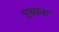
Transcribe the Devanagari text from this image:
पुरुषना